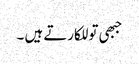
جبھی تو للکارتے ہیں ۔